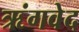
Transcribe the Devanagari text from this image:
ऋंगवेद